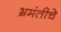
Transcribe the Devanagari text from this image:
भ्रमंतीचे